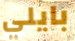
بايلي